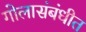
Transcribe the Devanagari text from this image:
गोलासंबंधीत